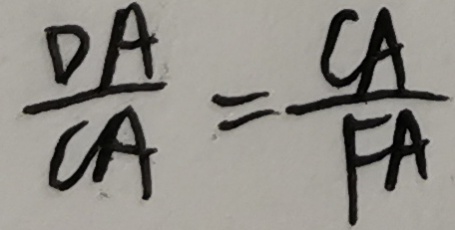
\frac { D A } { C A } = \frac { C A } { F A }